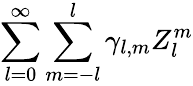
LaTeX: \sum_{l=0}^{\infty}\sum_{m=-l}^{l}\gamma_{l,m}Z_{l}^{m}